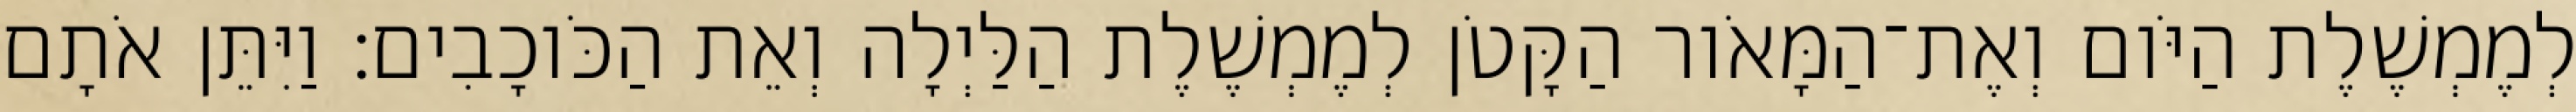
לְמֶמְשֶׁלֶת הַיֹּום וְאֶת־הַמָּאֹור הַקָּטֹן לְמֶמְשֶׁלֶת הַלַּיְלָה וְאֵת הַכֹּוכָבִים׃ וַיִּתֵּן אֹתָם